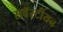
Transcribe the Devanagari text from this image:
सबॅस्टीयन